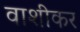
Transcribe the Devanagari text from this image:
वाशीकर